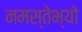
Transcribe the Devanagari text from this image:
नमस्तेभ्यो